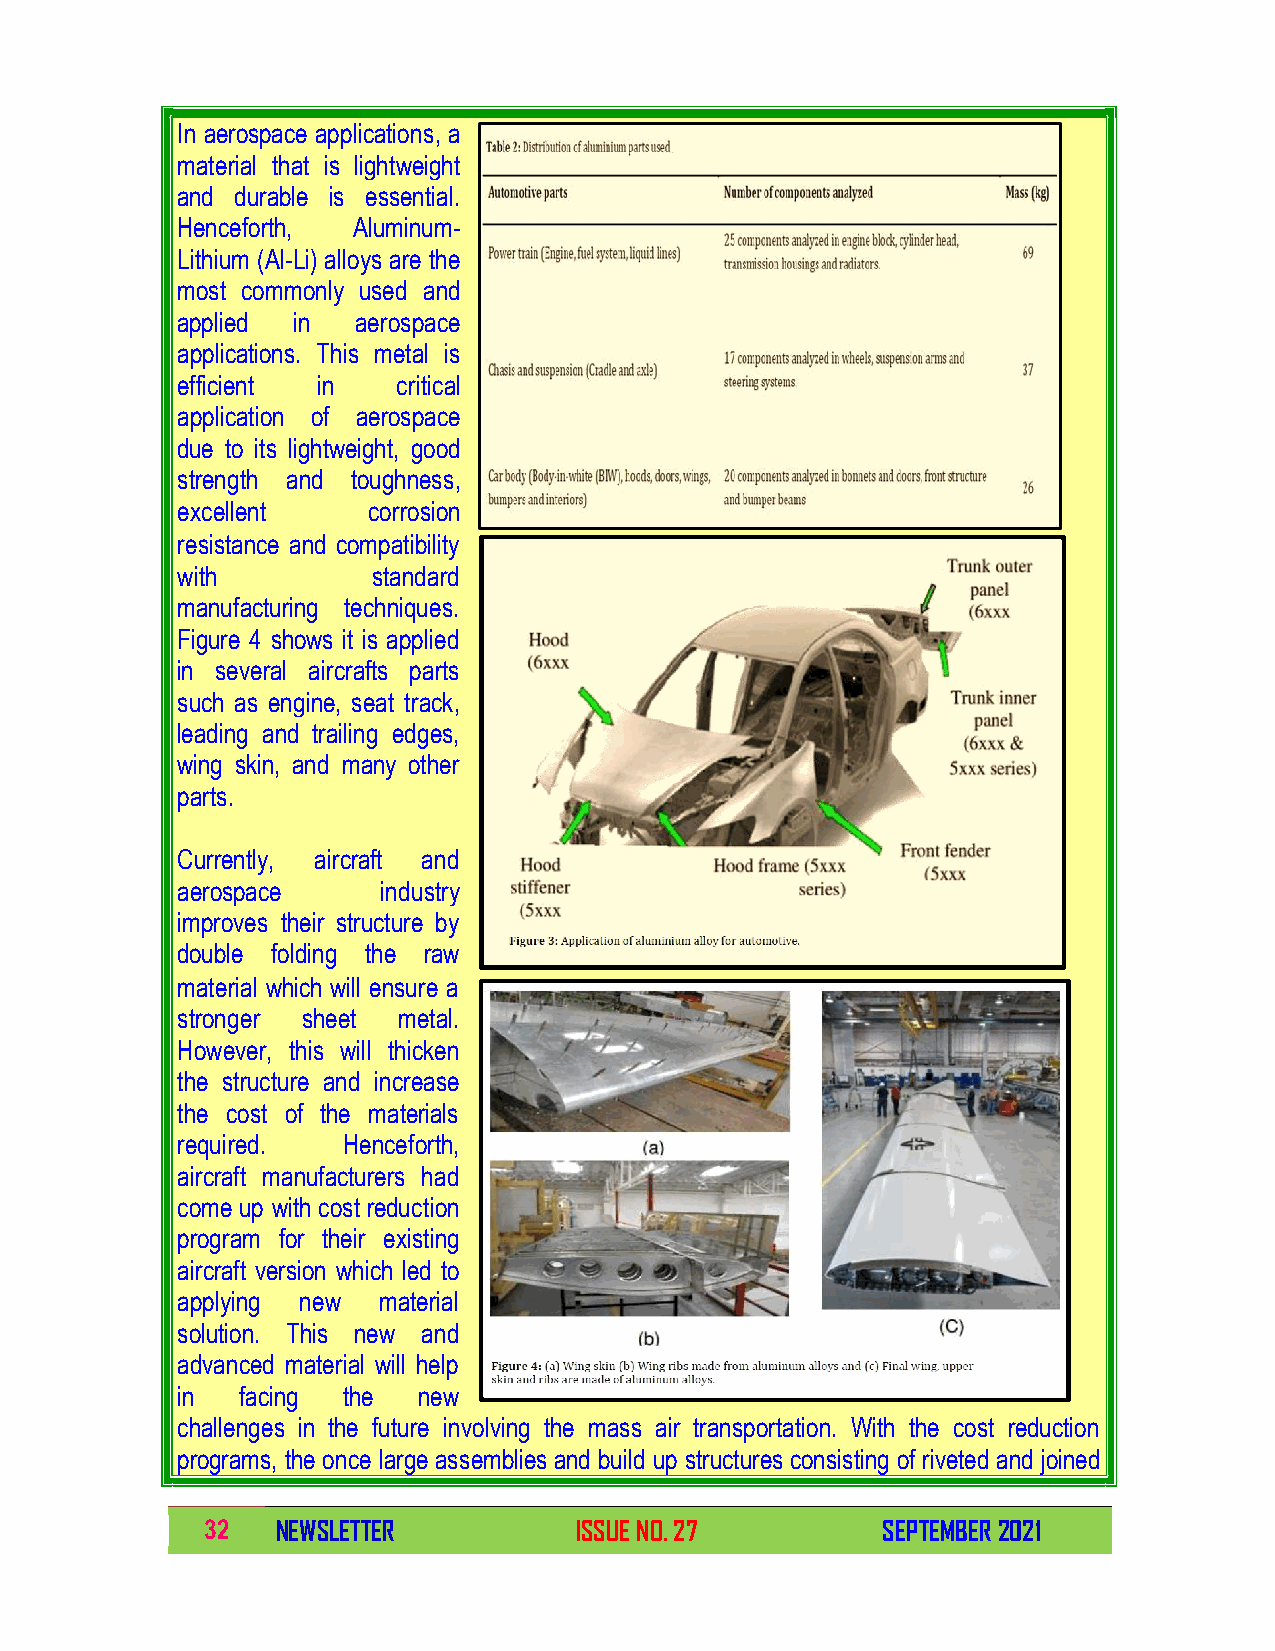
In aerospace applications, a
 material that is lightweight
 and durable is essential.
 Henceforth, Aluminum-
 Lithium (Al-Li) alloys are the
 most commonly used and
 applied in  aerospace
 applications. This metal is
 efficient in  critical
 application of aerospace
 due to its lightweight, good
 strength and toughness,
 excellent   corrosion
 resistance and compatibility
 with         standard
 manufacturing techniques.
 Figure 4 shows it is applied
 in several aircrafts parts
 such as engine, seat track,
 leading and trailing edges,
 wing skin, and many other
 parts.
 Currently, aircraft and
 aerospace    industry
 improves their structure by
 double folding the raw
 material which will ensure a
 stronger sheet metal.
 However, this will thicken
 the structure and increase
 the cost of the materials
 required.  Henceforth,
 aircraft manufacturers had
 come up with cost reduction
 program for their existing
 aircraft version which led to
 applying new material
 solution. This new and
 advanced material will help
 in  facing the  new
 challenges in the future involving the mass air transportation. With the cost reduction
 programs, the once large assemblies and build up structures consisting of riveted and joined
 32  NEWSLETTER          ISSUE NO. 27        SEPTEMBER 2021